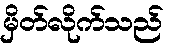
မှိတ်လိုက်သည်